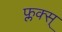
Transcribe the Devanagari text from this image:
फ्लक्स्